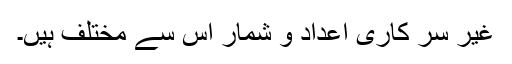
غیر سر کاری اعداد و شمار اس سے مختلف ہیں۔